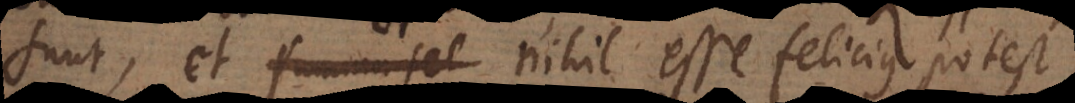
summa fel nihil esse felicius potest